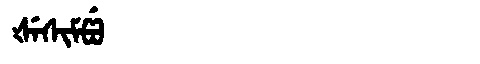
Manchu: ᡧᡝᠰᡳᠮᡦᡠ
Romanization: ŠESIMPU